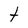
Character: t